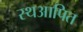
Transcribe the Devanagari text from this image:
स्थआपित